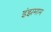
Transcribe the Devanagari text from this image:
इंझमाम